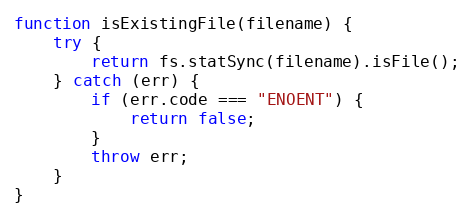
Language: JavaScript
function isExistingFile(filename) {
    try {
        return fs.statSync(filename).isFile();
    } catch (err) {
        if (err.code === "ENOENT") {
            return false;
        }
        throw err;
    }
}